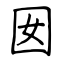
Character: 囡